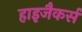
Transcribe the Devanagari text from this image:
हाइजैकर्स